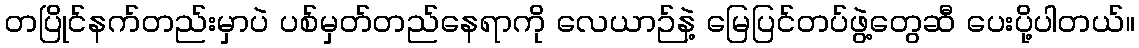
တပြိုင်နက်တည်းမှာပဲ ပစ်မှတ်တည်နေရာကို လေယာဉ်နဲ့ မြေပြင်တပ်ဖွဲ့တွေဆီ ပေးပို့ပါတယ်။